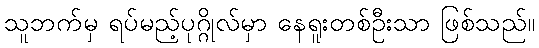
သူဘက်မှ ရပ်မည့်ပုဂ္ဂိုလ်မှာ နေရူးတစ်ဦးသာ ဖြစ်သည်။